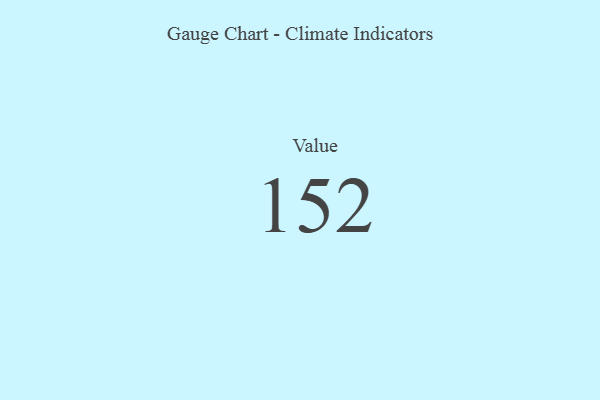
{"axis": {"x": "Metric", "y": "Value"}, "legend": [""], "data": [{"x": "Value", "y": 152, "type": ""}]}